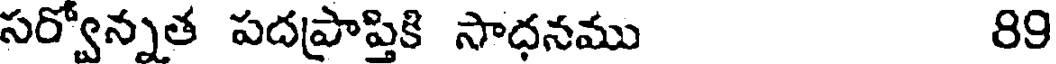
సర్వోన్నత పదప్రాప్తికి సాధనము 89